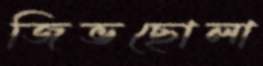
জিভছোলা